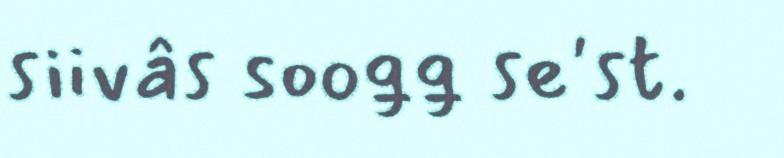
siivâs sooǥǥ se'st.